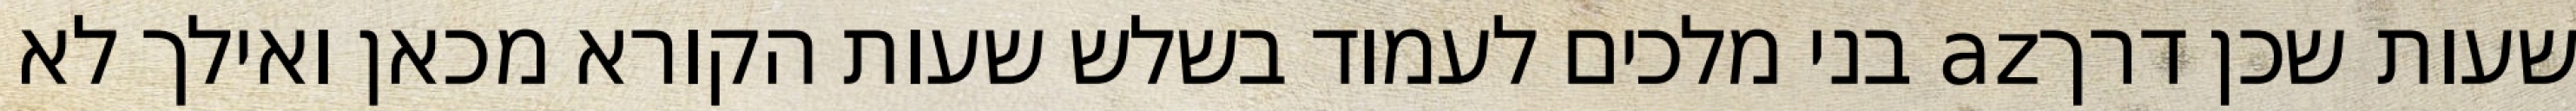
שעות שכן דרךaz בני מלכים לעמוד בשלש שעות הקורא מכאן ואילך לא